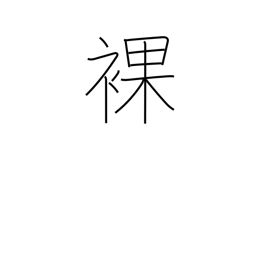
Meaning: uncovered